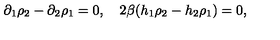
\partial _ { 1 } \rho _ { 2 } - \partial _ { 2 } \rho _ { 1 } = 0 , \quad 2 \beta ( h _ { 1 } \rho _ { 2 } - h _ { 2 } \rho _ { 1 } ) = 0 ,